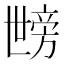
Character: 𱍦